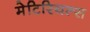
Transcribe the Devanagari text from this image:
मेटिरियल्स